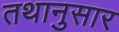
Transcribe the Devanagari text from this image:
तथानुसार